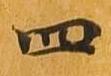
四